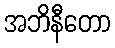
အဘိနီတော